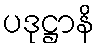
ပဒုဋ္ဌာနိ